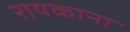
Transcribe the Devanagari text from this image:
रायकाना